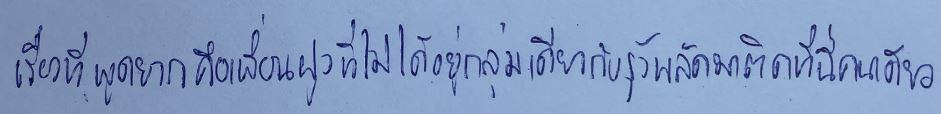
เรื่องที่พูดยากคือเพื่อนฝูงที่ไม่ได้อยู่กลุ่มเดียวกับรุ้งพลัดมาติดที่นี่คนเดียว